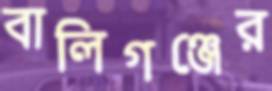
বালিগঞ্জের